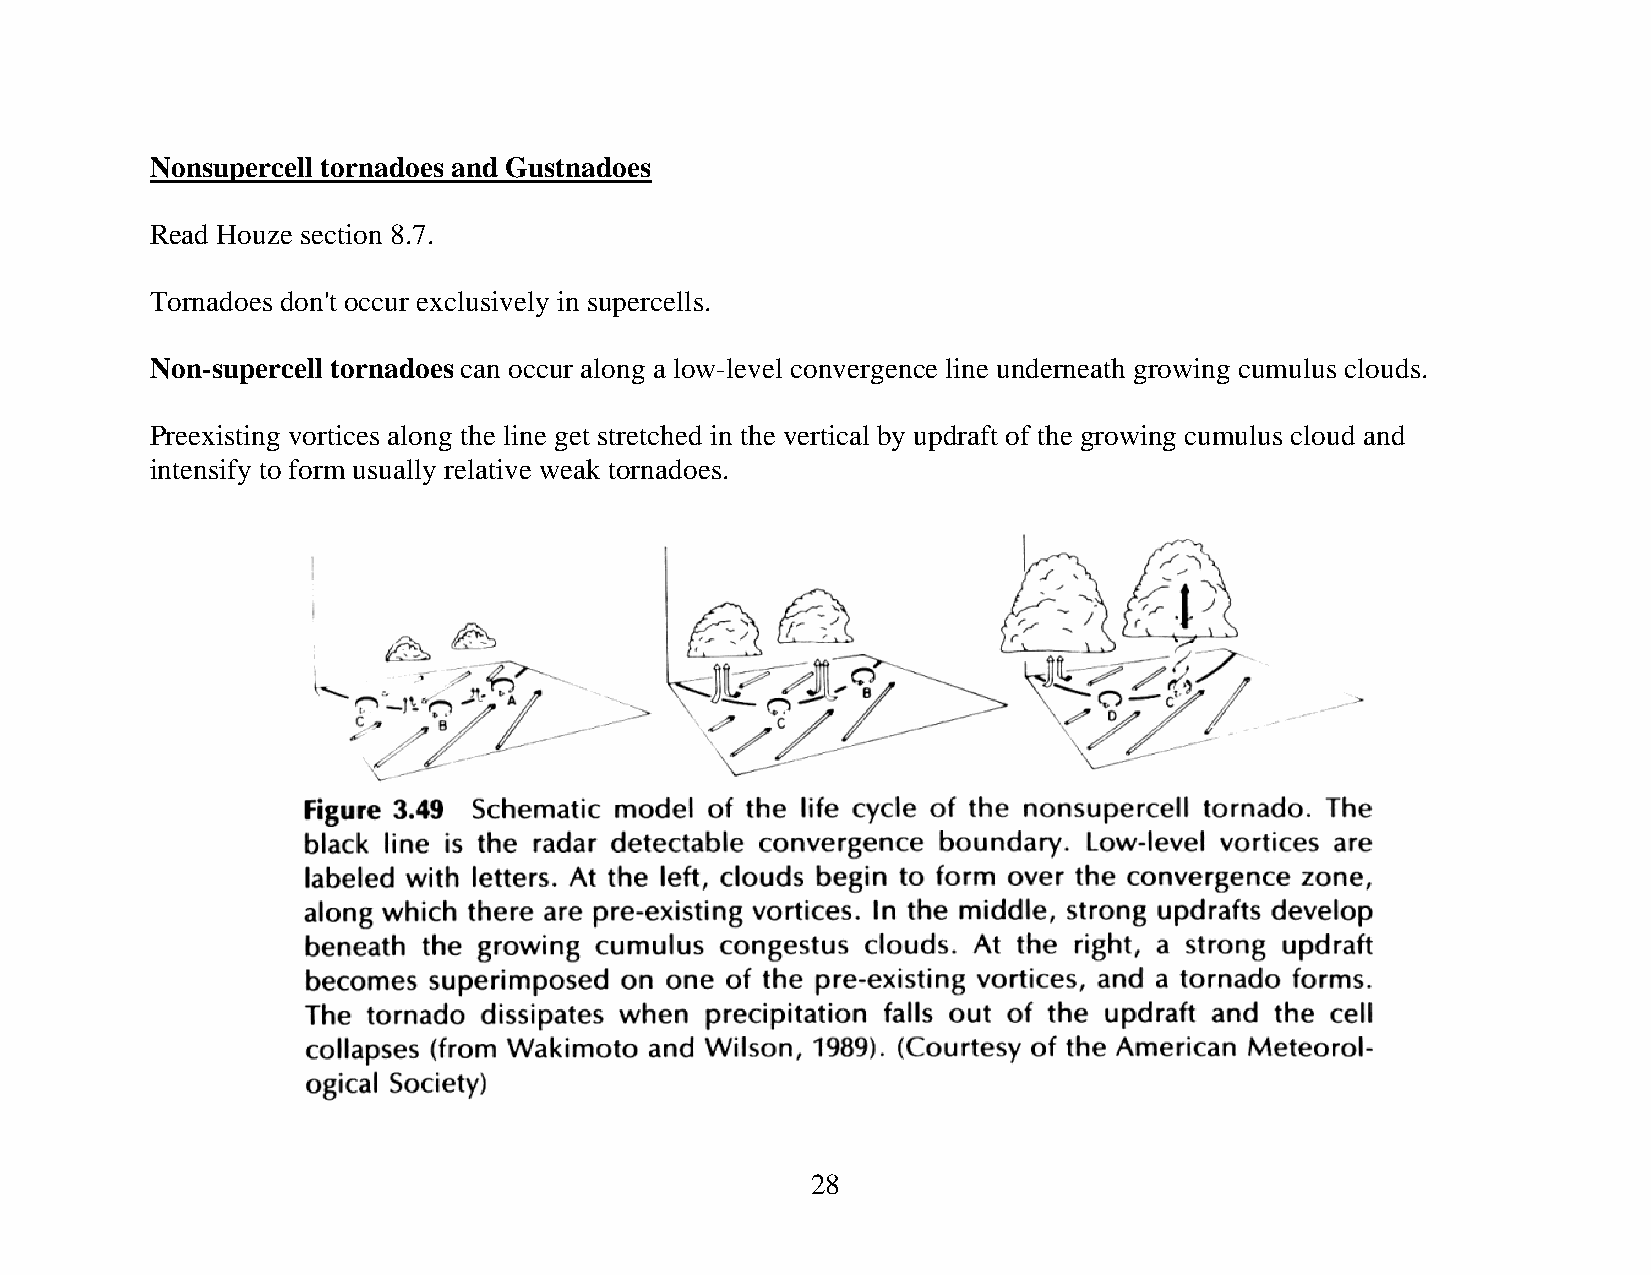
Nonsupercell tornadoes and Gustnadoes
 Read Houze section 8.7.
 Tornadoes don't occur exclusively in supercells.
 Non-supercell tornadoes can occur along a low-level convergence line underneath growing cumulus clouds.
 Preexisting vortices along the line get stretched in the vertical by updraft of the growing cumulus cloud and
 intensify to form usually relative weak tornadoes.
 28